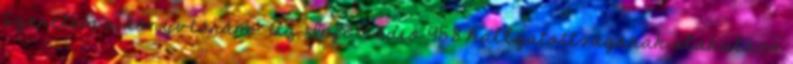
Szeretem a könyvtáram . Az InfoRádió 95.8 hallgatottságának alakulása